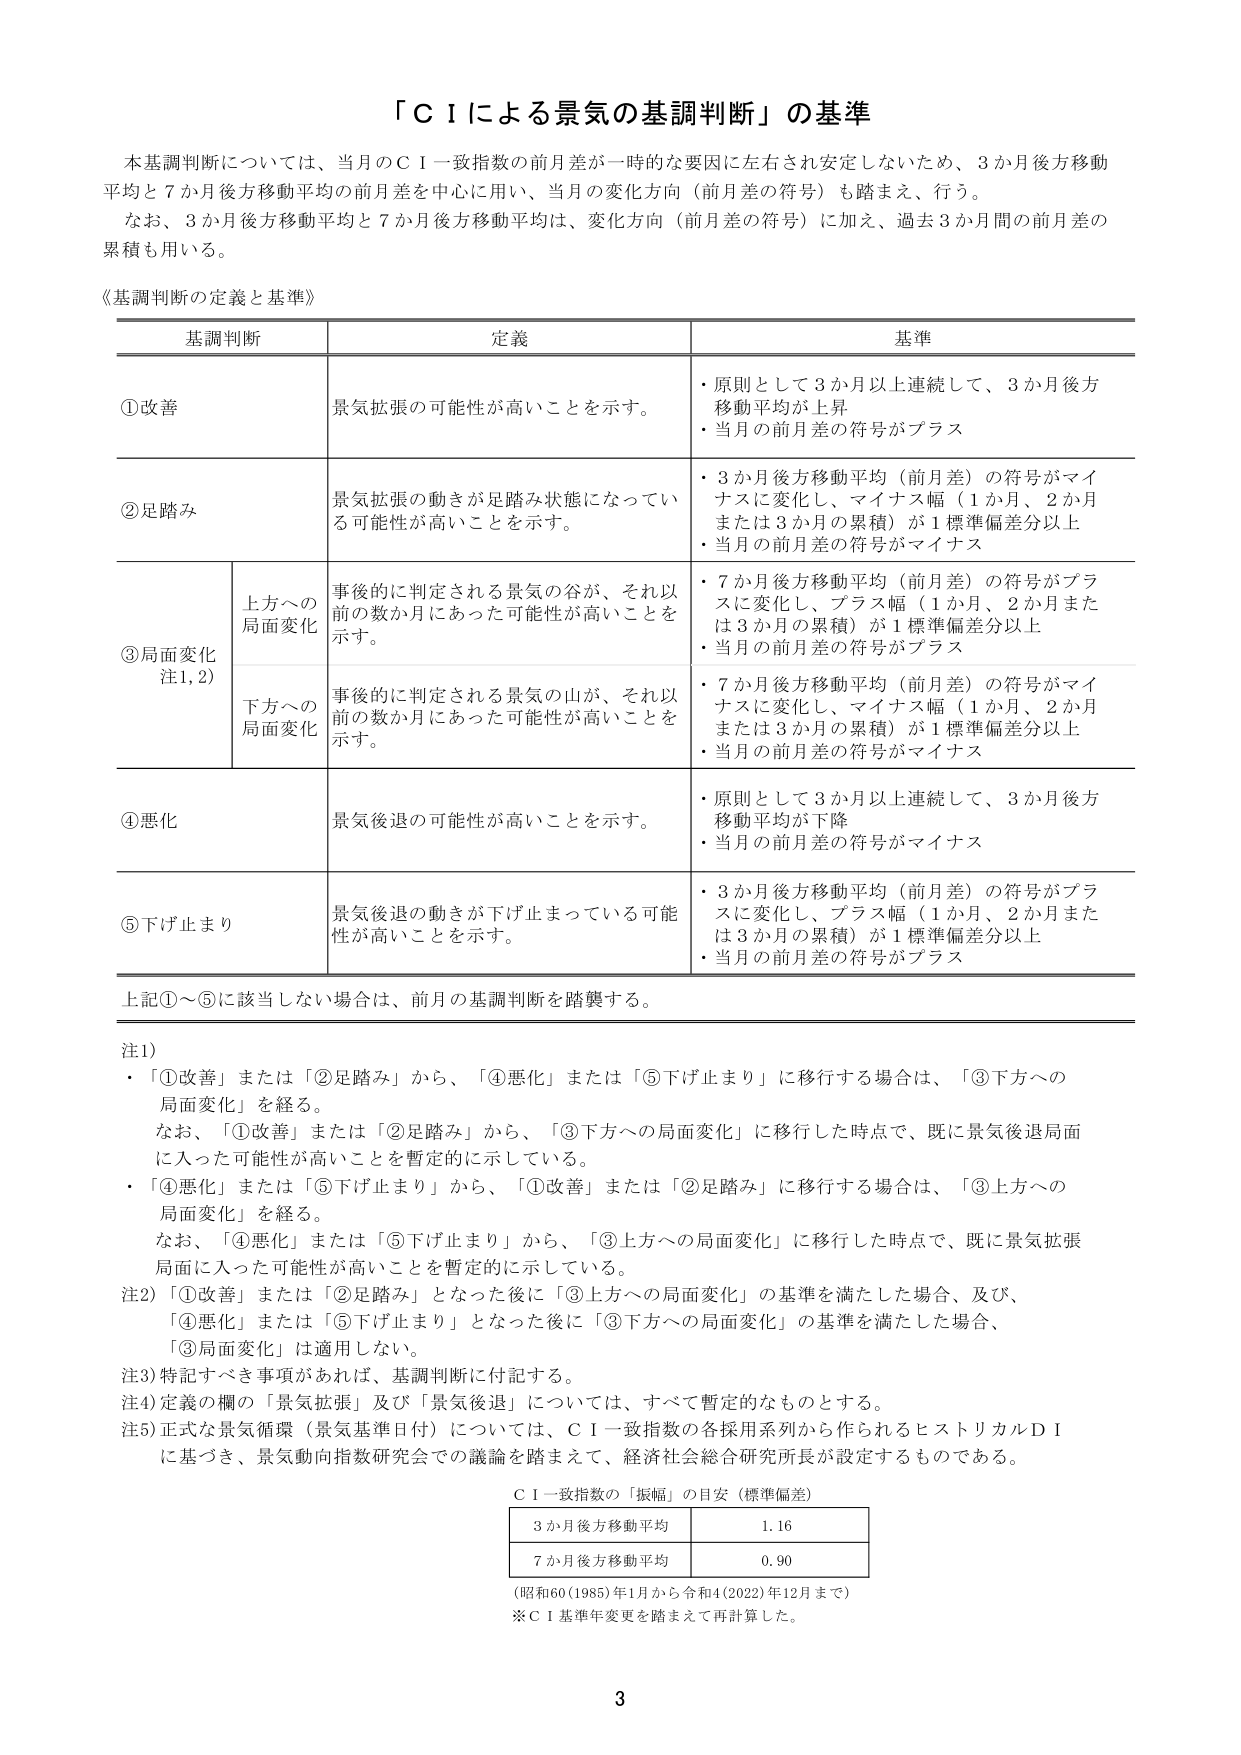
「ＣＩによる景気の基調判断」の基準

本基調判断については、当月のＣＩ一致指数の前月差が一時的な要因に左右され安定しないため、3か月後方移動平均と7か月後方移動平均の前月差を中心に用い、当月の変化方向（前月差の符号）も踏まえ、行う。

なお、3か月後方移動平均と7か月後方移動平均は、変化方向（前月差の符号）に加え、過去3か月間の前月差の累積も用いる。

《基調判断の定義と基準》

基調判断　　定義　　基準

①改善　　景気拡張の可能性が高いことを示す。　　・原則として3か月以上連続して、3か月後方移動平均が上昇
　　　　　　　　　　　　　　　　　　　　　　・当月の前月差の符号がプラス

②足踏み　　景気拡張の動きが足踏み状態になっている可能性が高いことを示す。　　・3か月後方移動平均（前月差）の符号がマイナスに変化し、マイナス幅（1か月、2か月または3か月の累積）が1標準偏差分以上
　　　　　　　　　　　　　　　　　　　　　　・当月の前月差の符号がマイナス

③局面変化　　上方への局面変化　　事後的に判定される景気の谷が、それ以前の数か月にあった可能性が高いことを示す。　　・7か月後方移動平均（前月差）の符号がプラスに変化し、プラス幅（1か月、2か月または3か月の累積）が1標準偏差分以上
　　　　　　　　　　　　　　　　　　　　　　・当月の前月差の符号がプラス
　　　　　　　　　　　　　　　　　　　　　　下方への局面変化　　事後的に判定される景気の山が、それ以前の数か月にあった可能性が高いことを示す。　　・7か月後方移動平均（前月差）の符号がマイナスに変化し、マイナス幅（1か月、2か月または3か月の累積）が1標準偏差分以上
　　　　　　　　　　　　　　　　　　　　　　・当月の前月差の符号がマイナス

④悪化　　景気後退の可能性が高いことを示す。　　・原則として3か月以上連続して、3か月後方移動平均が下降
　　　　　　　　　　　　　　　　　　　　　　・当月の前月差の符号がマイナス

⑤下げ止まり　　景気後退の動きが下げ止まっている可能性が高いことを示す。　　・3か月後方移動平均（前月差）の符号がプラスに変化し、プラス幅（1か月、2か月または3か月の累積）が1標準偏差分以上
　　　　　　　　　　　　　　　　　　　　　　・当月の前月差の符号がプラス

上記①～⑤に該当しない場合は、前月の基調判断を踏襲する。

注1)
・「①改善」または「②足踏み」から、「④悪化」または「⑤下げ止まり」に移行する場合は、「③下方への局面変化」を経る。
　なお、「①改善」または「②足踏み」から、「③下方への局面変化」に移行した時点で、既に景気後退局面に入った可能性が高いことを暫定的に示している。
・「④悪化」または「⑤下げ止まり」から、「①改善」または「②足踏み」に移行する場合は、「③上方への局面変化」を経る。
　なお、「④悪化」または「⑤下げ止まり」から、「③上方への局面変化」に移行した時点で、既に景気拡張局面に入った可能性が高いことを暫定的に示している。

注2)「①改善」または「②足踏み」となった後に「③上方への局面変化」の基準を満たした場合、及び、「④悪化」または「⑤下げ止まり」となった後に「③下方への局面変化」の基準を満たした場合、「③局面変化」は適用しない。

注3)特記すべき事項があれば、基調判断に付記する。

注4)定義の欄の「景気拡張」及び「景気後退」については、すべて暫定的なものとする。

注5)正式な景気循環（景気基準日付）については、ＣＩ一致指数の各採用系列から作られるヒストリカルＤＩに基づき、景気動向指数研究会での議論を踏まえて、経済社会総合研究所長が設定するものである。

ＣＩ一致指数の「振幅」の目安（標準偏差）

3か月後方移動平均　　1.16
7か月後方移動平均　　0.90

（昭和60(1985)年1月から令和4(2022)年12月まで）
※ＣＩ基準年変更を踏まえて再計算した。

3